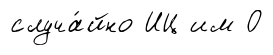
случа́йно ИЦ им О